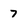
Character: 7